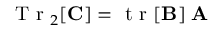
\ensuremath { \mathrm { ~ T ~ r ~ } } _ { 2 } [ \ensuremath { \mathbf { C } } ] = \ensuremath { \mathrm { ~ t ~ r ~ } } [ \ensuremath { \mathbf { B } } ] \; \ensuremath { \mathbf { A } }